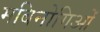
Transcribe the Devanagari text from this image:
मबिनोगिओं